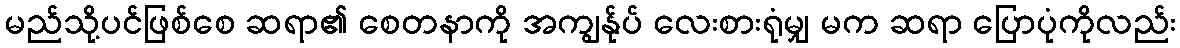
မည်သို့ပင်ဖြစ်စေ ဆရာ၏ စေတနာကို အကျွန်ုပ် လေးစားရုံမျှ မက ဆရာ ပြောပုံကိုလည်း